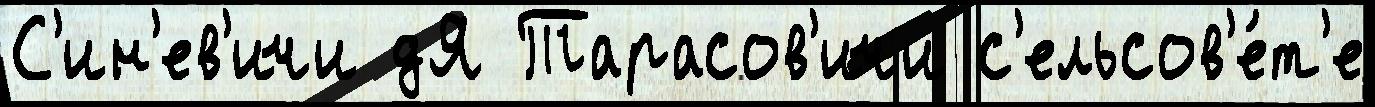
С'ин'ев'ичи дЯ Тарасов'ичи с'ельсов'е́т'е